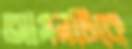
আসনটিকে